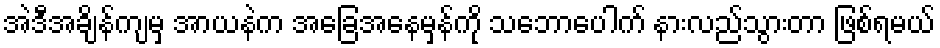
အဲဒီအချိန်ကျမှ အာယနဲက အခြေအနေမှန်ကို သဘောပေါက် နားလည်သွားတာ ဖြစ်ရမယ်